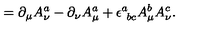
= \partial _ { \mu } A _ { \nu } ^ { a } - \partial _ { \nu } A _ { \mu } ^ { a } + \epsilon _ { \ b c } ^ { a } A _ { \mu } ^ { b } A _ { \nu } ^ { c } .